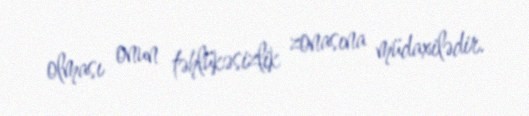
olması onun təhlükəsizlik zonasına müdaxilədir.